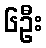
၆ဦး